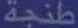
طنجة